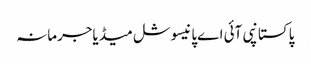
پاکستانپی آئی اےپانیسوشل میڈیاجرمانہ